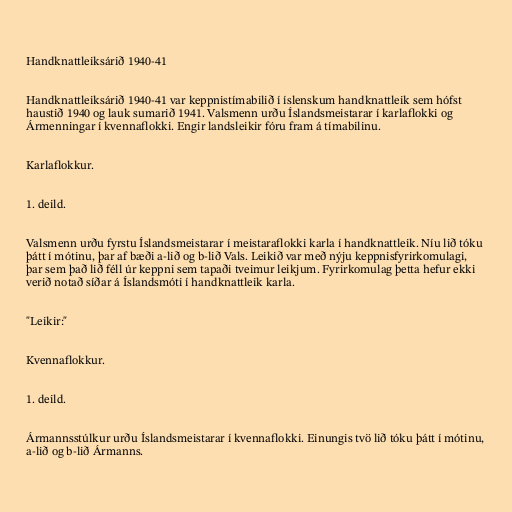
Handknattleiksárið 1940-41

Handknattleiksárið 1940-41 var keppnistímabilið í íslenskum handknattleik sem hófst
haustið 1940 og lauk sumarið 1941. Valsmenn urðu Íslandsmeistarar í karlaflokki og
Ármenningar í kvennaflokki. Engir landsleikir fóru fram á tímabilinu.

Karlaflokkur.

1. deild.

Valsmenn urðu fyrstu Íslandsmeistarar í meistaraflokki karla í handknattleik. Níu lið tóku
þátt í mótinu, þar af bæði a-lið og b-lið Vals. Leikið var með nýju keppnisfyrirkomulagi,
þar sem það lið féll úr keppni sem tapaði tveimur leikjum. Fyrirkomulag þetta hefur ekki
verið notað síðar á Íslandsmóti í handknattleik karla.

"Leikir:"

Kvennaflokkur.

1. deild.

Ármannsstúlkur urðu Íslandsmeistarar í kvennaflokki. Einungis tvö lið tóku þátt í mótinu,
a-lið og b-lið Ármanns.